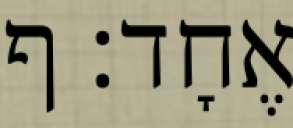
אֶחָד׃ ף